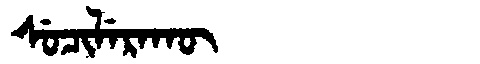
Manchu: ᠰᡠᠴᡳᠯᡝᡵᠠᡴᡡ
Romanization: SUCILERAKŪ